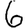
Digit: 6